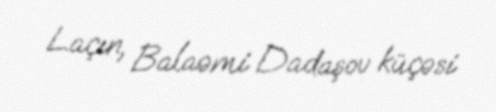
Laçın, Balaəmi Dadaşov küçəsi